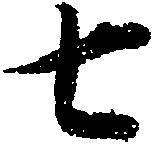
七